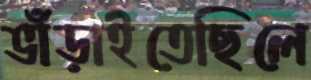
ভাঁড়াইতেছিলে